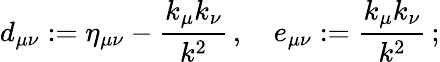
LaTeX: d_{\mu\nu}:=\eta_{\mu\nu}-\frac{k_{\mu}k_{\nu}}{k^{2}}\, ,\quad e_{\mu\nu}:=\frac{k_{\mu}k_{\nu}}{k^{2}}\, ;